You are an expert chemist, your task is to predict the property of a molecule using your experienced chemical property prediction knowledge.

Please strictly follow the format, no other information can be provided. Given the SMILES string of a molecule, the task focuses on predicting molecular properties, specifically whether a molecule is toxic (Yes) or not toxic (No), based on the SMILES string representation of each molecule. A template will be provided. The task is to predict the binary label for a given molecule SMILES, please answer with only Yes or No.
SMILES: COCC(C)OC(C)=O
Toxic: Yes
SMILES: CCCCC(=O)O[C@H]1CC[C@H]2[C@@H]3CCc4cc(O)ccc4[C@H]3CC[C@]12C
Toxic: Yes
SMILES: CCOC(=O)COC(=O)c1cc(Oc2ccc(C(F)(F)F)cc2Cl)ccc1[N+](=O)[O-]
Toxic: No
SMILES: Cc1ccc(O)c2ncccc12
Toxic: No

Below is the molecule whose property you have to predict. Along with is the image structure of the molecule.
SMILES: O=C1c2ccccc2C(=O)c2cc(S(=O)(=O)[O-])ccc21
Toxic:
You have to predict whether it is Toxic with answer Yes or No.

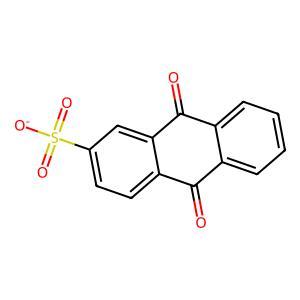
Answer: No